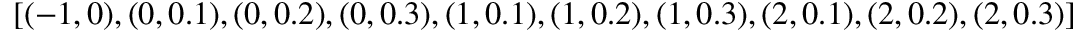
[ ( - 1 , 0 ) , ( 0 , 0 . 1 ) , ( 0 , 0 . 2 ) , ( 0 , 0 . 3 ) , ( 1 , 0 . 1 ) , ( 1 , 0 . 2 ) , ( 1 , 0 . 3 ) , ( 2 , 0 . 1 ) , ( 2 , 0 . 2 ) , ( 2 , 0 . 3 ) ]